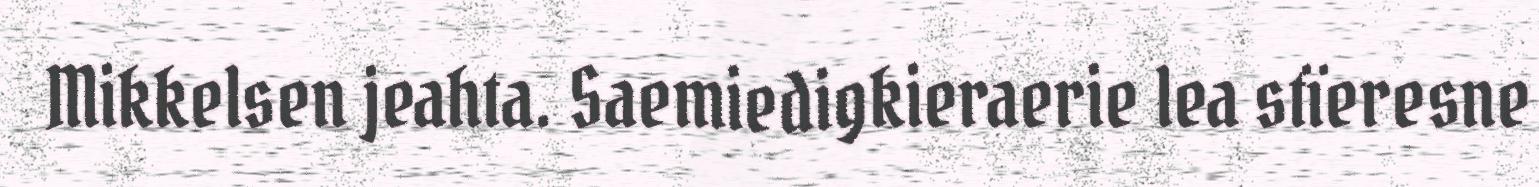
Mikkelsen jeahta. Saemiedigkieraerie lea stïeresne